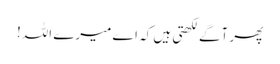
پھر آگے لکھتی ہیں کہ اے میرے اللہ!